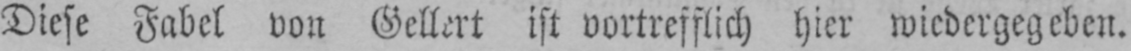
Diese Fabel von Gellert ist vortrefflich hier wiedergegeben.